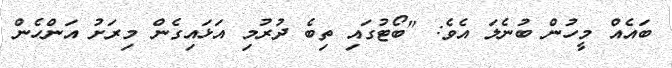
ބައެއް މީހުން ބުނެލަ އެވެ: "ބޯޓުގައި ތިބެ ދުރުމި އަޅައިގެން މިރަށު އަންހެން